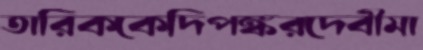
তারিককেদিপঙ্করদেবীমা